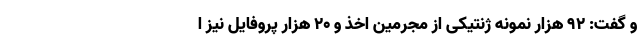
و گفت: ۹۲ هزار نمونه ژنتیکی از مجرمین اخذ و ۲۰ هزار پروفایل نیز ا